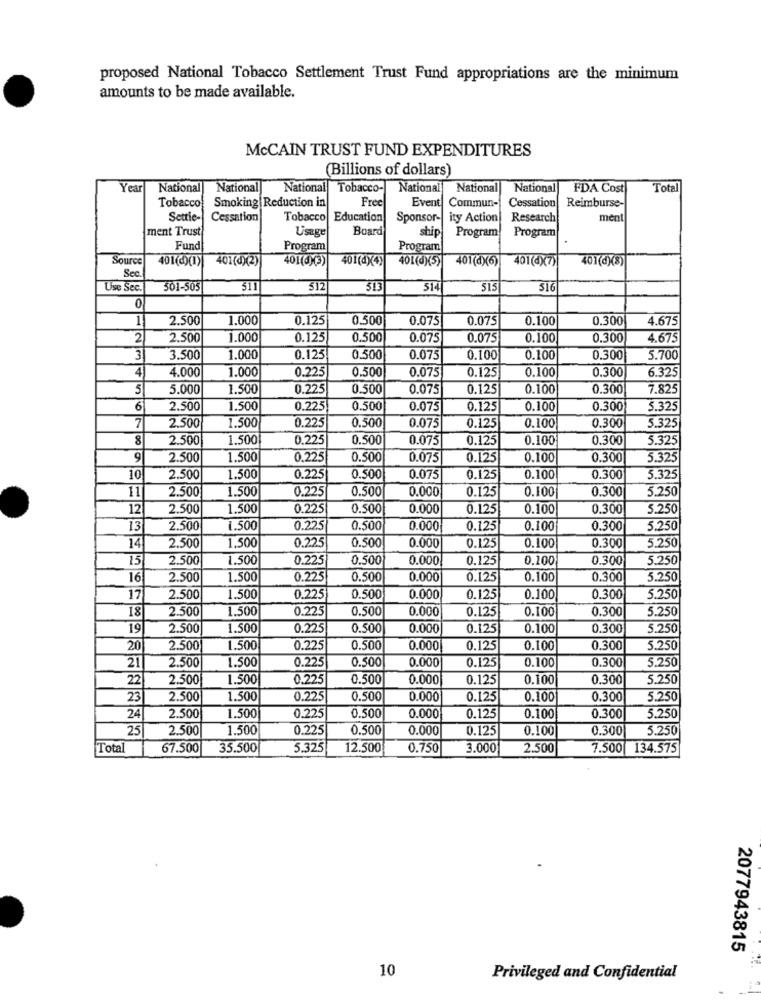
proposed National Tobacco Settlement Trust Fund appropriations are the minimum
amounts to be made available.
McCAIN TRUST FUND EXPENDITURES
(Billions of dollars)
Year
National
National
National
Tobacco-
National
National
National
FDA Cost
Tota
Tobacco
Smoking Reduction in
Free
Event Commun-
Cessation
Reimburse-
Settie-
Cessation
Tobacco
Education
Sponsor- ity Action
Research
ment
ment Trust
Usage
Board
ship
Program
Program
Fund
Program
Program
Source
401(d)(1)
401(d)(2)
401(0)(3)
401(4)4)
401(d)(5)
401(d)(6)
401(4)(7)
401(d)(8)
Sec
Use Sec.
501-505
511
512
513
514
515
516
0
1
2.500
1.000
0.125
0.500
0.075
0.075
0.100
0.300
4.675
2
2.500
1.000
0.125
0.500
0.075
0.075
0.100
0.300
4.675
3
3.500
1,000
0.125
0.500
0.075
0.100
0.100
0.300
5.700
4
4.000
1.000
0.225
0.500
0.075
0.125
0.100
0.300
6.325
5
5.000
1.500
0.225
0.500
0.075
0.125
0.100
0.300
7.825
6
2.500
1.500
0.225
0.500
0.075
0.125
0.100
0.300
5.325
7
2.500
0.225
0.500
1.500
0.075
0.125
0.100
0.300
5.325
8
2.500
1.500
0.225
0.500
0.075
0.125
0.100
0.300
5.325
g
2.500
1.500
0.225
0.500
0.075
0.125
0.100
0.300
5.325
10
2.500
1.500
0.225
0.500
0.075
0.125
0.100
0.300
5.325
11
2.500
1.500
0.225
0.500
0.000
0.125
0.100
0.300
5.250
12
2.500
1.500
0.225
0.500
0.000
0.125
0.100
0.300
5.250
13
2.500
1.500
0.225
0.50
0.000
0.125
0.100
0.300
5.250
0.225
14
2.500
1.500
0.500
0.000
0.125
0.100
0.300
5.250
15
2.500
1.500
0.225
0.500
0.000
0.125
0.100
0.300
5.250
16
2.500
1.500
0.225
0.500
0.000
0.125
0.100
0.300
5.250
17
2.500
1.500
0.225
0.500
0.000
0.125
0.100
0.300
5.250
18
2.500
1.500
0.225
0.500
0.000
0.125
0.100
0.300
5.250
19
2.500
1.500
0.225
0.500
0.000
0.125
0.100
0.300
5.250
20
2.500
1.500
0.225
0.500
0.000
0.12
0.100
0.300
5.250
1.500
0.225
0.500
0.000
0.125
0.100
0.300
5.250
21
2.500
22
2.500
1.500
0.225
0.500
0.000
0.125
0.100
0.300
5.250
23
2.500
1.500
0.225
0.500
0.000
0.125
0.100
0.300
5.250
24
2.500
1.500
0.225
0.500
0.000
0.125
0.100
0.300
5.250
25
2.500
1.500
0.225
0.500
0.000
0.125
0.100
0.300
5.250
Total
67.500
35.500
5.325
12.500
0.750
3.000
2.500
7.500 134.575
2077943815
10
Privileged and Confidential